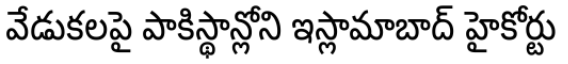
వేడుకలపై పాకిస్థాన్లోని ఇస్లామాబాద్ హైకోర్టు